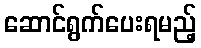
ဆောင်ရွက်ပေးရမည့်